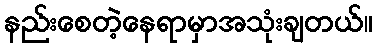
နည်းစေတဲ့နေရာမှာအသုံးချတယ်။